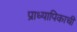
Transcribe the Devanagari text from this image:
प्राध्यापिकाची